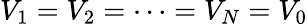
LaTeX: V_{1}=V_{2}=\cdots=V_{N}=V_{0}